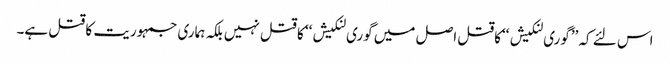
اس لئے کہ ’’گوری لنکیش ‘‘کاقتل اصل میں گوری لنکیش‘‘ کا قتل نہیں بلکہ ہماری جمہوریت کا قتل ہے۔